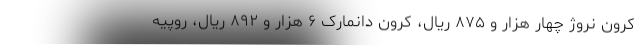
کرون نروژ چهار هزار و ۸۷۵ ریال، کرون دانمارک ۶ هزار و ۸۹۲ ریال، روپیه